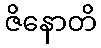
ဇိနောတိ